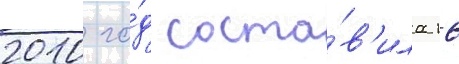
2010 го́д соста́в'ила 16